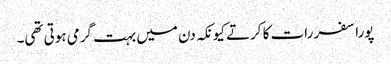
پورا سفر رات کا کرتے کیونکہ دن میں بہت گرمی ہوتی تھی۔